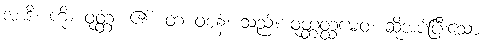
အာဒိ၊ ကို။ ဝုတ္တံ၊ ၏။ တံ ဝစနံ၊ သည်။ ဝုတ္တတ္ထမေဝ၊ ဆိုအပ်ပြီးသော